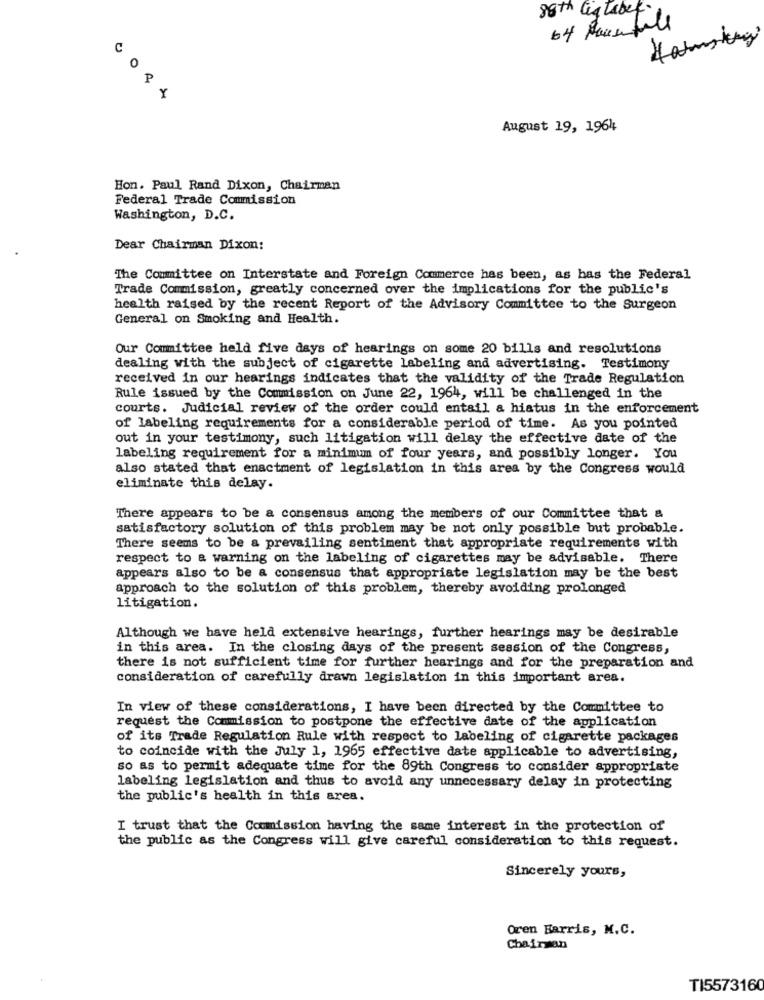
89th ligtaber
C
o
P
Y
August 19, 1964
Hon. Paul Rand Dixon, Chairman
Federal Trade Commission
Washington, D.C.
Dear Chairman Dixon:
The Committee on Interstate and Foreign Commerce has been, as bas the Federal
Trade Commission, greatly concerned over the implications for the public's
health raised by the recent Report of the Advisory Committee to the Surgeon
General on Smoking and Health.
Our Committee held five days of hearings on some 20 bills and resolutions
dealing with the subject of cigarette labeling and advertising. Testimony
received in our hearings indicates that the validity of the Trade Regulation
Rule issued by the Commission on June 22, 1964, will be challenged in the
courts. Judicial review of the order could entail a hiatus in the enforcement
of labeling requirements for a considerable period of time. As you pointed
out in your testimony, such litigation will delay the effective date of the
labeling requirement for a minimum of four years, and possibly longer. You
also stated that enactment of legislation in this area by the Congress would
eliminate this delay.
There appears to be a consensus among the members of our Committee that a
satisfactory solution of this problem may be not only possible but probable.
There seems to be a prevailing sentiment that appropriate requirements with
respect to a warning on the labeling of cigarettes may be advisable. There
appears also to be a consensus that appropriate legislation may be the best
approach to the solution of this problem, thereby avoiding prolonged
litigation.
Although we have held extensive hearings, further hearings may be desirable
in this area. In the closing days of the present session of the Congress,
there is not sufficient time for further hearings and for the preparation and
consideration of carefully drawn legislation in this important area.
In view of these considerations, I have been directed by the Committee to
request the Commission to postpone the effective date of the application
of its Trade Regulation Rule with respect to labeling of cigarette packages
to coincide with the July 1, 1965 effective date applicable to advertising,
so as to permit adequate time for the 89th Congress to consider appropriate
labeling legislation and thus to avoid any unnecessary delay in protecting
the public's health in this area.
I trust that the Commission having the same interest in the protection of
the public as the Congress will give careful consideration to this request.
Sincerely yours,
Oren Barris, M.C.
Chairman
TI5573160